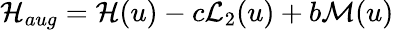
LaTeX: \mathcal{H}_{aug}=\mathcal{H}(u)-c\mathcal{L}_{2}(u)+b\mathcal{M}(u)